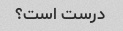
درست است؟